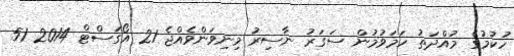
ހުކުމުގެ މުއްދަތު ހަމަވުމުން ސަގަރު ނާސިރު މިނިވަންވެއްޖެ 21 އޯގަސްޓް 2014 51